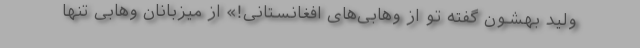
ولید بهشون گفته تو از وهابی‌های افغانستانی!» از میزبانان وهابی تنها